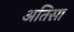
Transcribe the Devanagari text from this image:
अतिसा